Indian journal of veterinary science and animal husbandry - Volumes 15-17, 1948-1951
Year: 1948
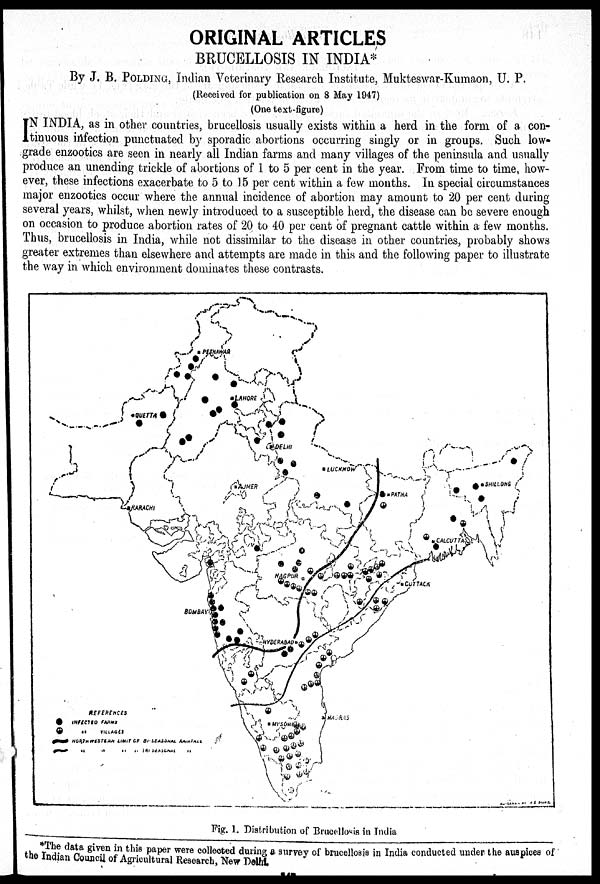
ORIGINAL ARTICLES
BRUCELLOSIS IN INDIA*
By J. B. POLDING, Indian Veterinary Research Institute, Mukteswar-Kumaon, U. P.
(Received for publication on 8 May 1947)
(One text-figure)
I N INDIA, as in other countries, brucellosis usually exists within a herd in the form of a con-
tinuous infection punctuated by sporadic abortions occurring singly or in groups. Such low-
grade enzootics are seen in nearly all Indian farms and many villages of the peninsula and usually
produce an unending trickle of abortions of 1 to 5 per cent in the year. From time to time, how-
ever, these infections exacerbate to 5 to 15 per cent within a few months. In special circumstances
major enzootics occur where the annual incidence of abortion may amount to 20 per cent during
several years, whilst, when newly introduced to a susceptible herd, the disease can be severe enough
on occasion to produce abortion rates of 20 to 40 per cent of pregnant cattle within a few months.
Thus, brucellosis in India, while not dissimilar to the disease in other countries, probably shows
greater extremes than elsewhere and attempts are made in this and the following paper to illustrate
the way in which environment dominates these contrasts.
Fig. 1. Distribution of Brucellosis in India
*The data given in this paper were collected during a survey of brucellosis in India conducted under the auspices of
the Indian Council of Agricultural Research, New Delhi.